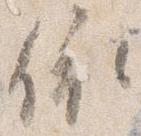
依